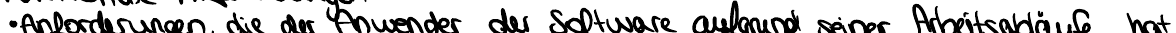
Anforderungen die der Anwender der Software aufgrund seiner Arbeitsabläufe hat